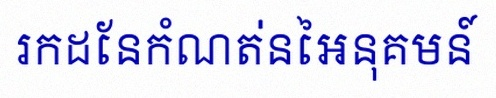
រកដែនកំណត់នៃអនុគមន៍